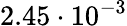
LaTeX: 2.45\cdot 10^{-3}